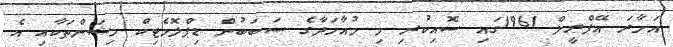
އަށާރަ އޭޕްރީލް 1961ގައި ސޮއިކުރި މި މުއާހަދާގެ ސަބަބުން ޑިޕްލޮމެޓިކް މިޝަންތަކާއި އެ